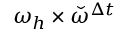
\omega _ { h } \times \check { \omega } ^ { \Delta t }